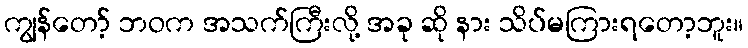
ကျွန်တော့် ဘဝက အသက်ကြီးလို့ အခု ဆို နား သိပ်မကြားရတော့ဘူး။